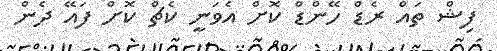
ފިޝް ތައް ރެޑް ހޭންޑް ކޮށް އެވަނީ ކެޗް ކޮށް ފައޭ ދެން